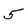
Character: 5